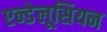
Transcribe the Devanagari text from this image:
एन्डेलूसियन